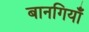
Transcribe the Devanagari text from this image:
बानगियाँ